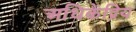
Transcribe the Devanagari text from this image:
अधिकेंद्रिय